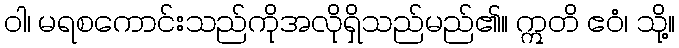
ဝါ၊ မရစကောင်းသည်ကိုအလိုရှိသည်မည်၏။ ဣတိ ဧဝံ၊ သို့။